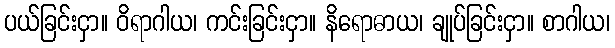
ပယ်ခြင်းငှာ။ ဝိရာဂါယ၊ ကင်းခြင်းငှာ။ နိရောဓာယ၊ ချုပ်ခြင်းငှာ။ စာဂါယ၊